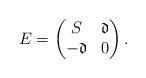
LaTeX: \begin{align*}E=\begin{pmatrix}S&\mathfrak{d}\\-\mathfrak{d}&0\end{pmatrix}.\end{align*}